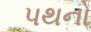
પથનો